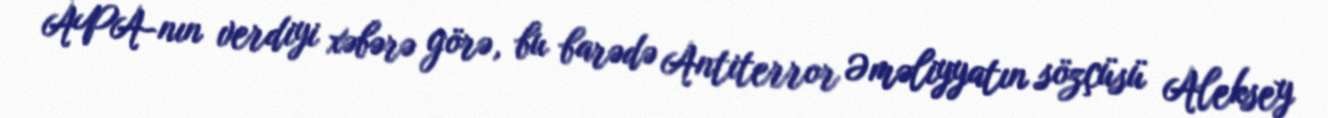
APA-nın verdiyi xəbərə görə, bu barədə Antiterror Əməliyyatın sözçüsü Aleksey